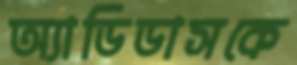
অ্যাডিডাসকে